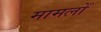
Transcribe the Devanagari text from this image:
मामलोँ